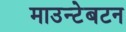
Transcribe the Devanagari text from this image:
माउन्टेबटन